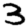
Digit: 3